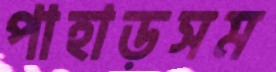
পাহাড়সম